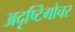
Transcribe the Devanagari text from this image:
अदृष्टिगोचर